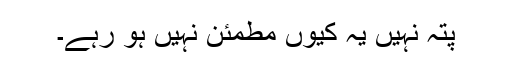
پتہ نہیں یہ کیوں مطمئن نہیں ہو رہے۔